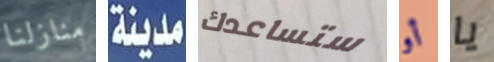
منازلنا مدينة ستساعدك أو يا